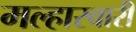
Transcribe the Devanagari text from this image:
मल्हारवारी